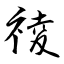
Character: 祾